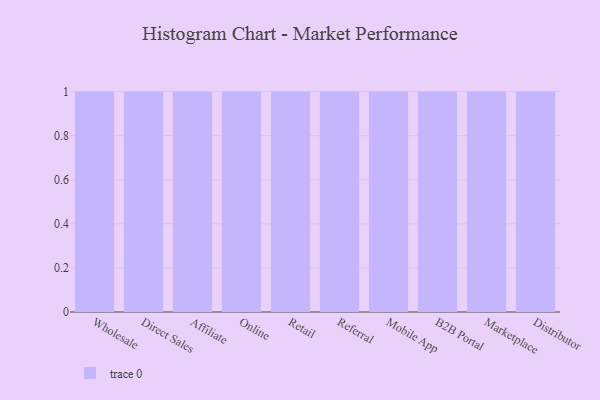
{"axis": {"x": "Channel", "y": "Headcount"}, "legend": [""], "data": [{"x": "Wholesale", "y": 59, "type": ""}, {"x": "Direct Sales", "y": 80, "type": ""}, {"x": "Affiliate", "y": 59, "type": ""}, {"x": "Online", "y": 25, "type": ""}, {"x": "Retail", "y": 69, "type": ""}, {"x": "Referral", "y": 84, "type": ""}, {"x": "Mobile App", "y": 9, "type": ""}, {"x": "B2B Portal", "y": 73, "type": ""}, {"x": "Marketplace", "y": 9, "type": ""}, {"x": "Distributor", "y": 66, "type": ""}]}